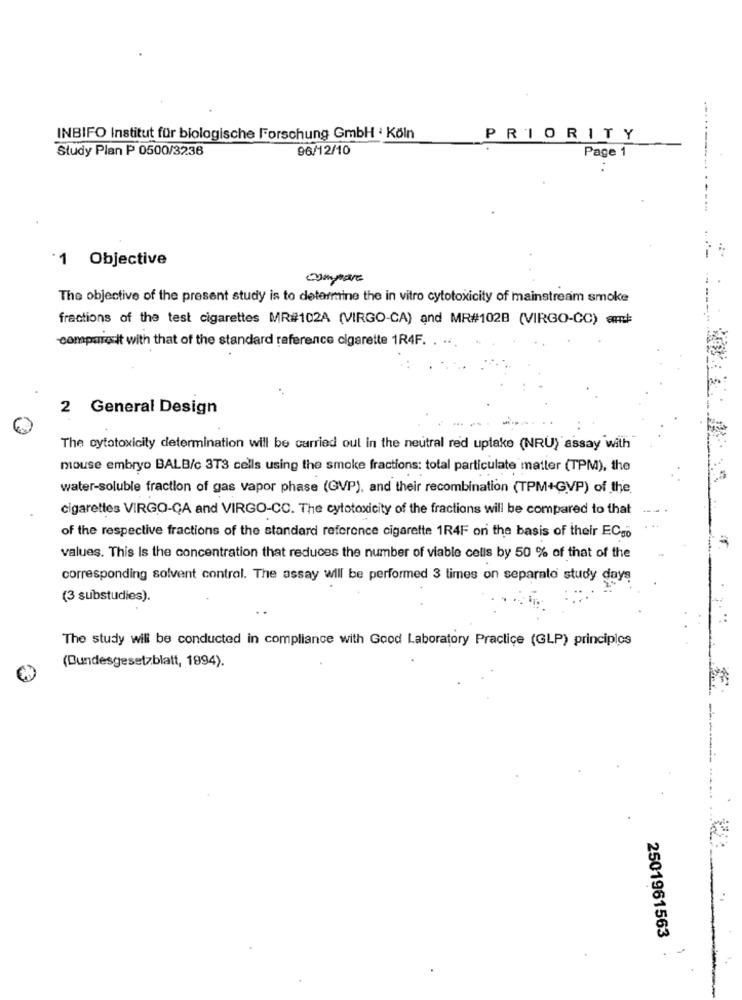
INBIFO Institut für biologische Forschung GmbH : Köln
PRIORITY
Study Plan P 0500/3236
96/12/10
Page 1
---------..
·1 Objective
compare
The objective of the present study is to determine the in vitro cytotoxicity of mainstream smoke
fractions of the test cigarettes MR#102A (VIRGO-CA) and MR#1028 (VIRGO-CC) am:
-compare it with that of the standard reference cigarette 1R4F.
2 General Design
The cytotoxicity determination will be carried out in the neutral red uptake (NRU) assay with
mouse embryo BALB/c 3T3 cells using the smoke fractions: total particulate matter (TPM), the
water-soluble fraction of gas vapor phase (GVP), and their recombination (TPM+GVP) of the
cigarettes VIRGO-CA and VIRGO-CO. The cytotoxicity of the fractions will be compared to that
of the respective fractions of the standard reference cigarette 1R4F on the basis of their ECso
values. This Is the concentration that reduces the number of viable cells by 50 % of that of the
corresponding solvent control. The assay will be performed 3 times on separato study days
(3 substudies).
The study will be conducted in compliance with Good Laboratory Practice (GLP) principios
(Bundesgesetzblatt, 1994).
2501961563